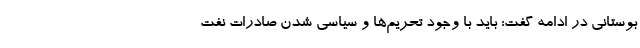
بوستانی در ادامه گفت: باید با وجود تحریم‌ها و سیاسی شدن صادرات نفت